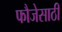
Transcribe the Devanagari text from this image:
फौजेसाठी